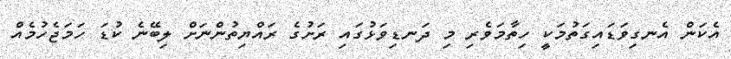
އެކަން އެނގިވަޑައިގަތުމަކީ ހިތާމަވެރި މި ދަނޑިވަޅުގައި ރަށުގެ ރައްޔިތުންނަށް ލިބޭނެ ކުޑަ ހަމަޖެހުމެއް